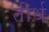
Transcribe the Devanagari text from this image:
तीर्थ